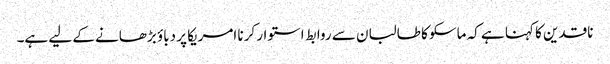
ناقدین کا کہنا ہے کہ ماسکو کا طالبان سے روابط استوار کرنا امریکا پر دباؤ بڑھانے کے لیے ہے۔